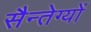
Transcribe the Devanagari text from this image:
सैन्तेग्यों